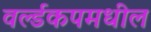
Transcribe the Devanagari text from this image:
वर्ल्डकपमधील